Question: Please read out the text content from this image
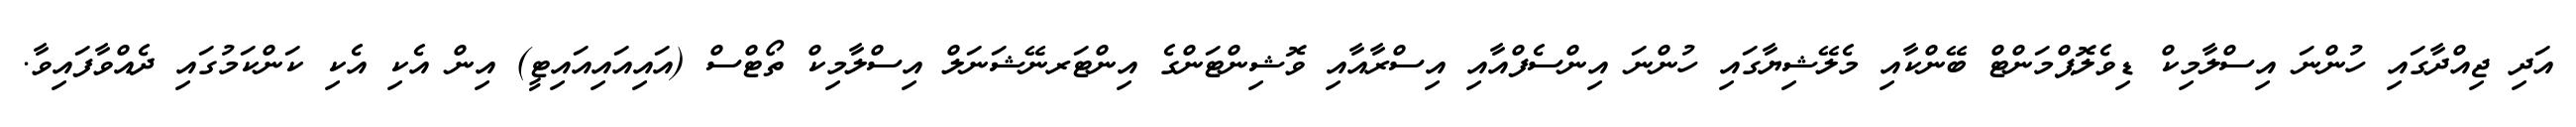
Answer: އަދި ޖިއްދާގައި ހުންނަ އިސްލާމިކް ޑިވެލޮޕްމަންޓް ބޭންކާއި މެލޭޝިޔާގައި ހުންނަ އިންސެފްއާއި އިސްރާއާއި ވޮޝިންޓަންގެ އިންޓަރނޭޝަނަލް އިސްލާމިކް ތޯޓްސް (އައިއައިއައިޓީ) އިން އެކި އެކި ކަންކަމުގައި ދެއްވާފައިވާ.